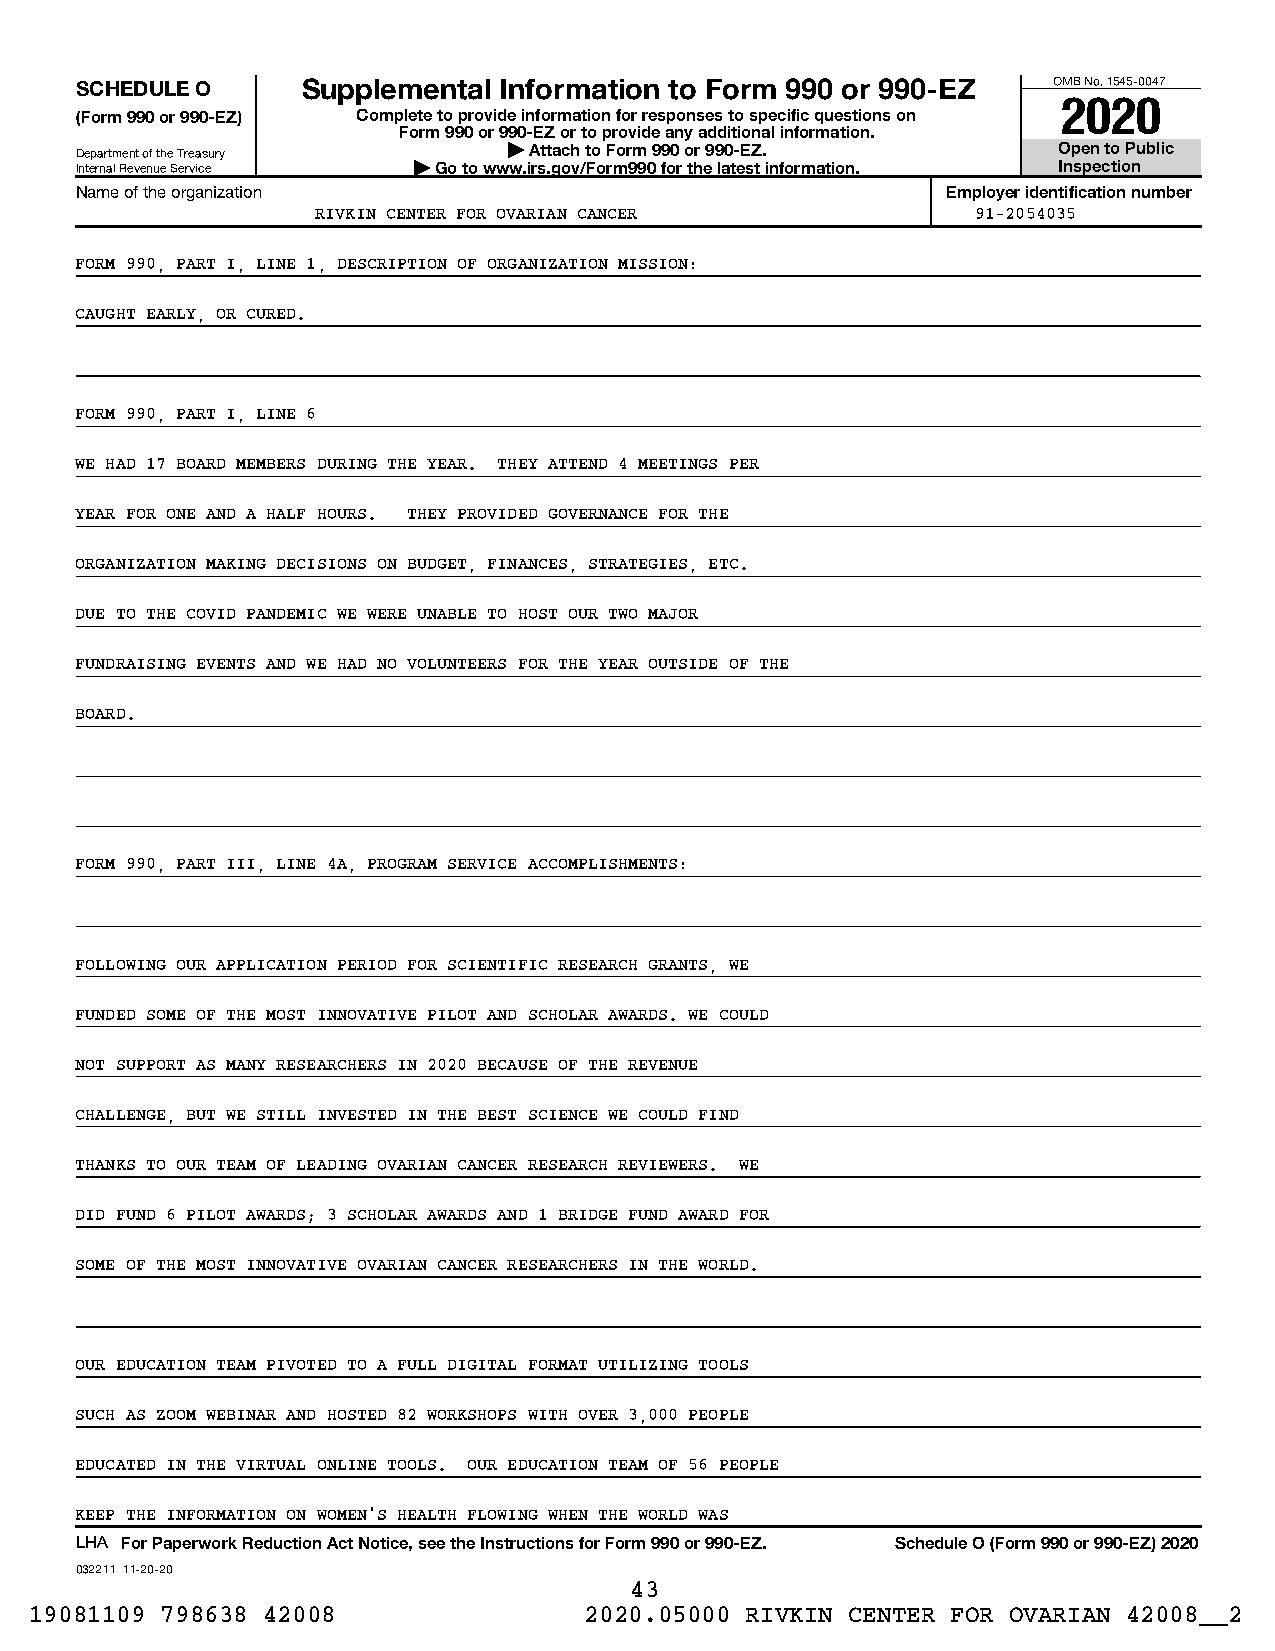
SCHEDULE O     Supplemental Information to Form 990 or 990-EZ    OMB No. 1545-0047
 2020
 (Form 990 or 990-EZ) Complete to provide information for responses to specific questions on
 Form 990 or 990-EZ or to provide any additional information.
 Department of the Treasury   | Attach to Form 990 or 990-EZ.     Open to Public
 Internal Revenue Service | Go to www.irs.gov/Form990 for the latest information. Inspection
 Name of the organization                                  Employer identification number
 RIVKIN CENTER FOR OVARIAN CANCER            91-2054035
 FORM 990, PART I, LINE 1, DESCRIPTION OF ORGANIZATION MISSION:
 CAUGHT EARLY, OR CURED.
 FORM 990, PART I, LINE 6
 WE HAD 17 BOARD MEMBERS DURING THE YEAR. THEY ATTEND 4 MEETINGS PER
 YEAR FOR ONE AND A HALF HOURS. THEY PROVIDED GOVERNANCE FOR THE
 ORGANIZATION MAKING DECISIONS ON BUDGET, FINANCES, STRATEGIES, ETC.
 DUE TO THE COVID PANDEMIC WE WERE UNABLE TO HOST OUR TWO MAJOR
 FUNDRAISING EVENTS AND WE HAD NO VOLUNTEERS FOR THE YEAR OUTSIDE OF THE
 BOARD.
 FORM 990, PART III, LINE 4A, PROGRAM SERVICE ACCOMPLISHMENTS:
 FOLLOWING OUR APPLICATION PERIOD FOR SCIENTIFIC RESEARCH GRANTS, WE
 FUNDED SOME OF THE MOST INNOVATIVE PILOT AND SCHOLAR AWARDS. WE COULD
 NOT SUPPORT AS MANY RESEARCHERS IN 2020 BECAUSE OF THE REVENUE
 CHALLENGE, BUT WE STILL INVESTED IN THE BEST SCIENCE WE COULD FIND
 THANKS TO OUR TEAM OF LEADING OVARIAN CANCER RESEARCH REVIEWERS. WE
 DID FUND 6 PILOT AWARDS; 3 SCHOLAR AWARDS AND 1 BRIDGE FUND AWARD FOR
 SOME OF THE MOST INNOVATIVE OVARIAN CANCER RESEARCHERS IN THE WORLD.
 OUR EDUCATION TEAM PIVOTED TO A FULL DIGITAL FORMAT UTILIZING TOOLS
 SUCH AS ZOOM WEBINAR AND HOSTED 82 WORKSHOPS WITH OVER 3,000 PEOPLE
 EDUCATED IN THE VIRTUAL ONLINE TOOLS. OUR EDUCATION TEAM OF 56 PEOPLE
 KEEP THE INFORMATION ON WOMEN'S HEALTH FLOWING WHEN THE WORLD WAS
 LHA For Paperwork Reduction Act Notice, see the Instructions for Form 990 or 990-EZ. Schedule O (Form 990 or 990-EZ) 2020
 032211 11-20-20
 43
 19081109 798638 42008                2020.05000 RIVKIN CENTER FOR OVARIAN 42008__2